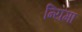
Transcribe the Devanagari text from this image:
न्यिमा